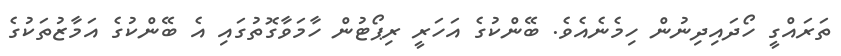
ތަރައްގީ ހޯދައިދިނުން ހިމެނެއެވެ. ބޭންކުގެ އަހަރީ ރިޕޯޓުން ހާމަވާގޮތުގައި އެ ބޭންކުގެ އަމާޒުތަކުގެ